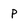
Character: p